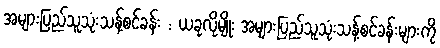
အများပြည်သူသုံးသန့်စင်ခန်း : ယခုလိုမျိုး အများပြည်သူသုံးသန့်စင်ခန်းများကို